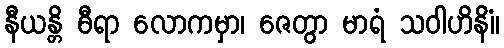
နီယန္တိ ဓီရာ လောကမှာ၊ ဇေတွာ မာရံ သဝါဟိနိံ။